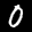
Label: 0